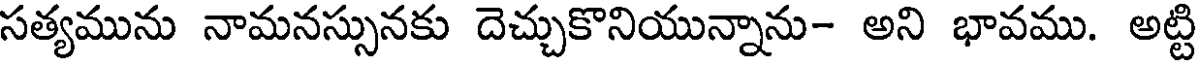
సత్యమును నామనస్సునకు దెచ్చుకొనియున్నాను- అని భావము. అట్టి